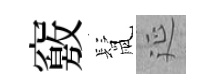
竅鬛延